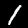
Label: 1